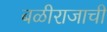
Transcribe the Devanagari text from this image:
बळीराजाची